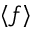
\langle { f } \rangle